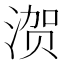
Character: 𰜢